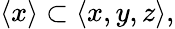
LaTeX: \langle x\rangle\subset\langle x,y,z\rangle,